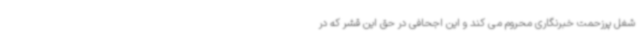
شغل پرزحمت خبرنگاری محروم می کند و این اجحافی در حق این قشر که در